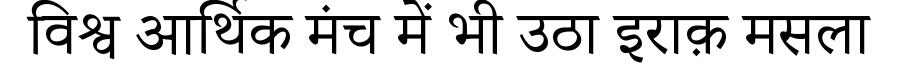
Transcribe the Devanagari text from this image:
विश्व आर्थिक मंच में भी उठा इराक़ मसला